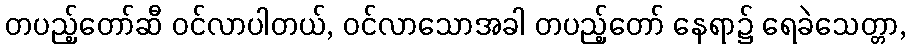
တပည့်တော်ဆီ ဝင်လာပါတယ်, ဝင်လာသောအခါ တပည့်တော် နေရာ၌ ရေခဲသေတ္တာ,